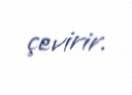
çevirir.